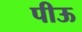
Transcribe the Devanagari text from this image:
पीऊ